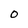
Character: O